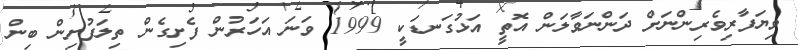
ވިޔަފާރިވެރިންނަށް ދަންނަވާލަން އޮތީ އަޅުގަނޑަކީ 1999 ވަނަ އަހަރުން ފެށިގެން ތިލަފުށިން ބިން